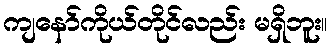
ကျနော်ကိုယ်တိုင်လည်း မရှိဘူး။